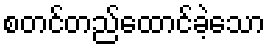
စတင်တည်ထောင်ခဲ့သော